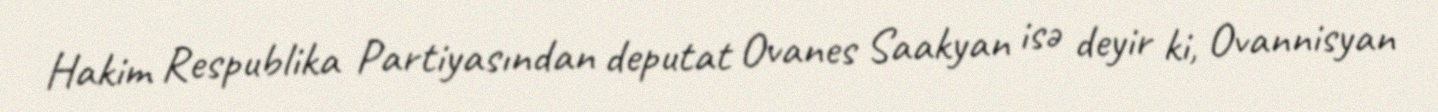
Hakim Respublika Partiyasından deputat Ovanes Saakyan isə deyir ki, Ovannisyan